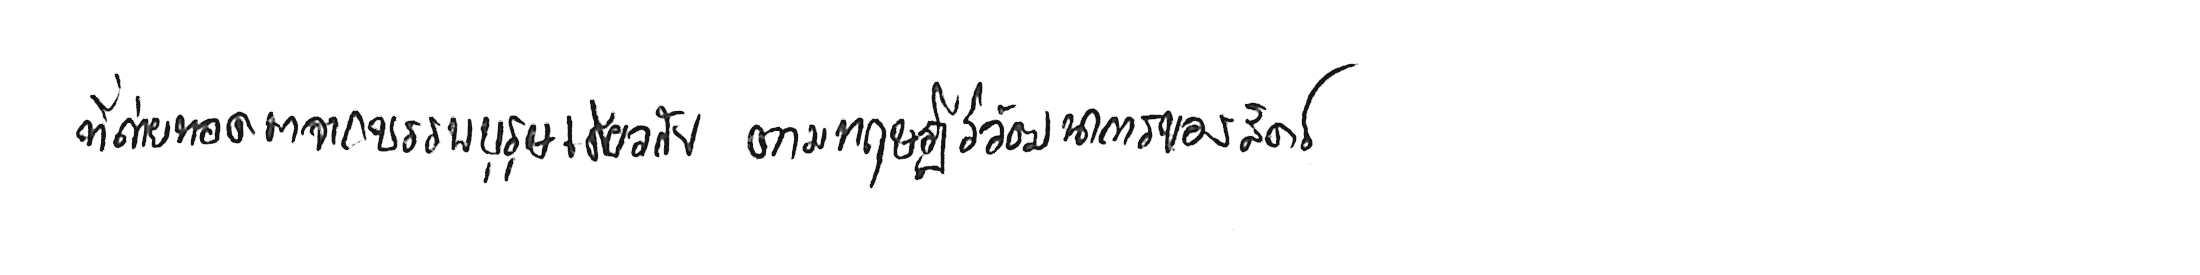
ที่ถ่ายทอดมาจากบรรพบุรุษเดียวกัน ตามทฤษฎีวิวัฒนาการของสัตว์